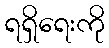
ရရှိရေးကို